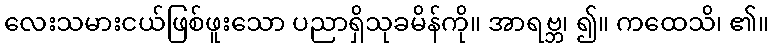
လေးသမားငယ်ဖြစ်ဖူးသော ပညာရှိသုခမိန်ကို။ အာရဗ္ဘ၊ ၍။ ကထေသိ၊ ၏။